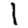
Digit: 1